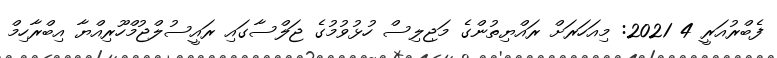
ފެބްރުއަރީ 4 2021: މިއަހަރަށް ރައްޔިތުންގެ މަޖިލިސް ހުޅުވުމުގެ ޖަލްސާގައި ރައީސުލްޖުމްހޫރިއްޔާ އިބްރާހިމް